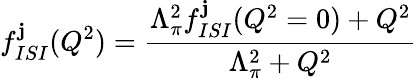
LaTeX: f_{ISI}^{\mathbf{j}}(Q^{2})=\frac{{\Lambda_{\pi}^{2}f_{ISI}^{\mathbf{j}}(Q^{2}=0)+Q^{2}}}{{\Lambda_{\pi}^{2}+Q^{2}}}